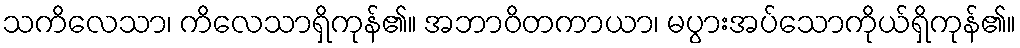
သကိလေသာ၊ ကိလေသာရှိကုန်၏။ အဘာဝိတကာယာ၊ မပွားအပ်သောကိုယ်ရှိကုန်၏။